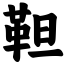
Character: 靼